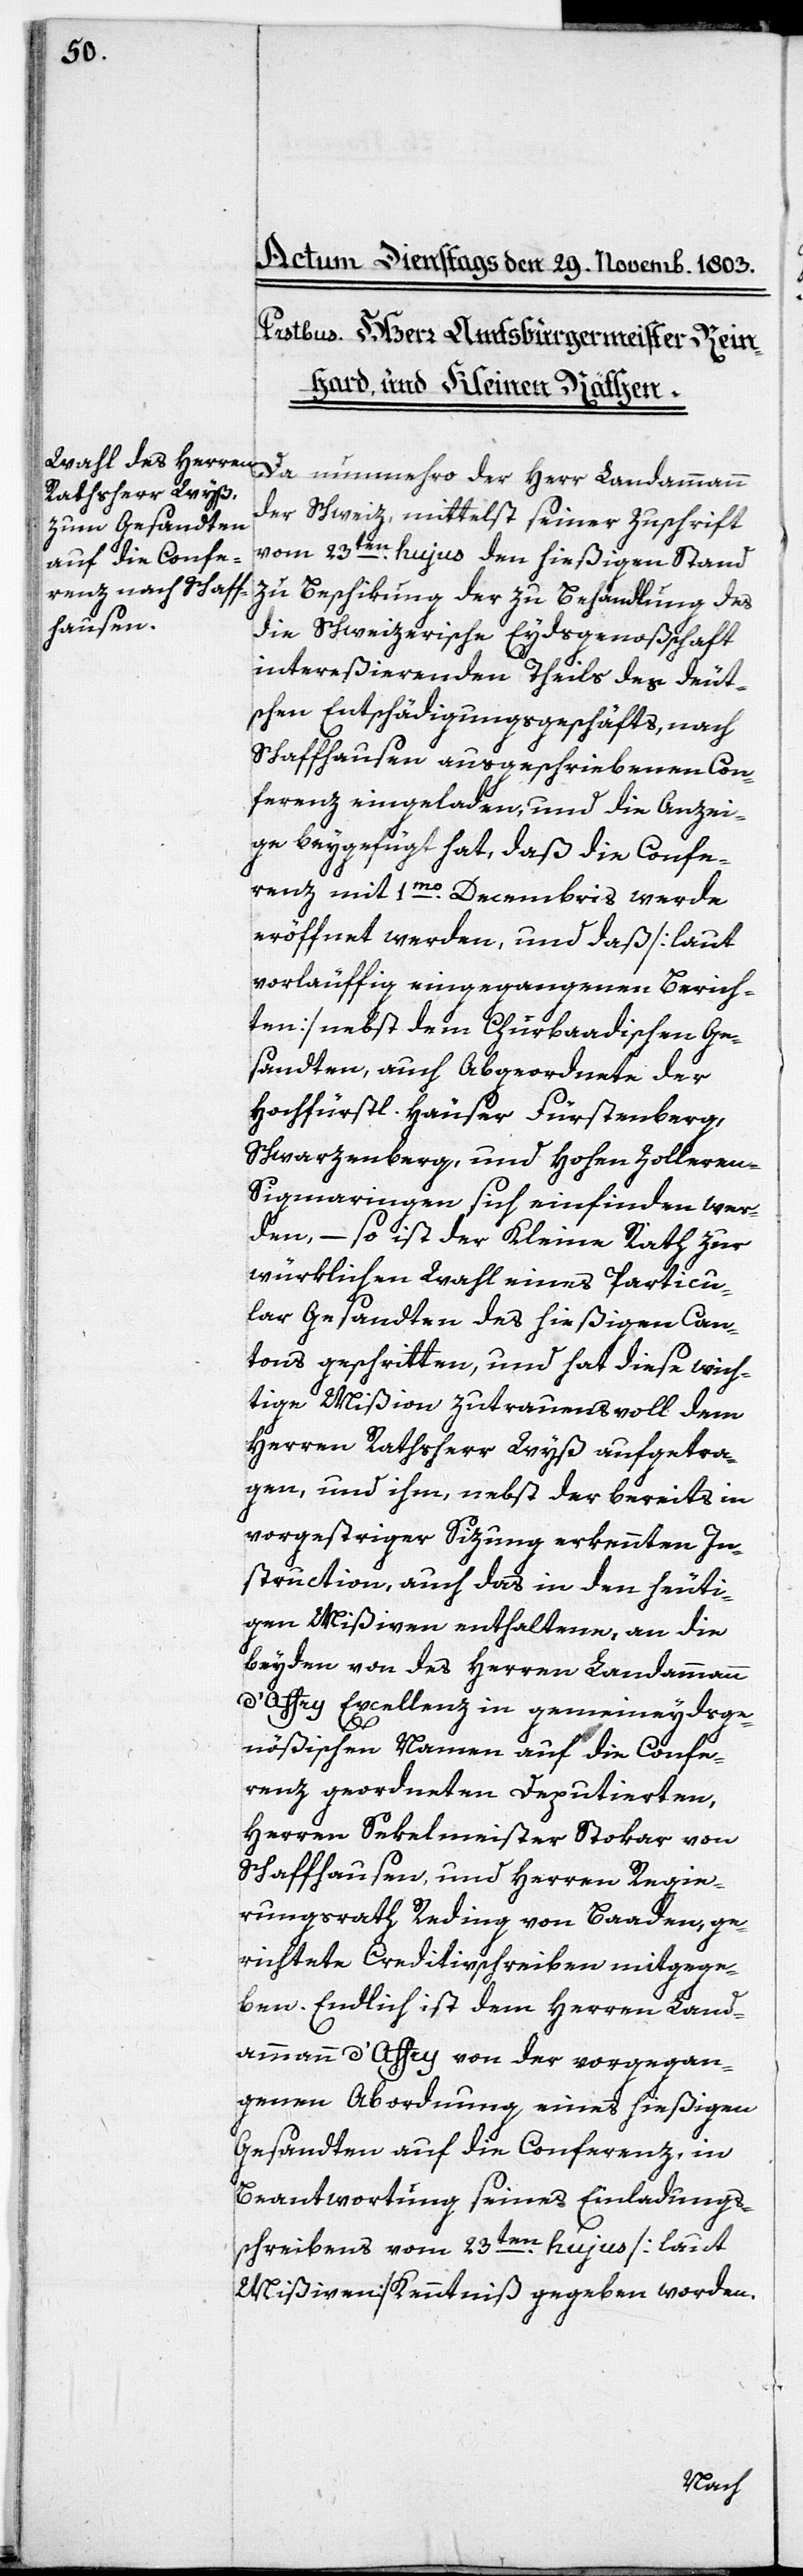
Da nunmehro der Herr Landammann
der Schweiz, mittelst seiner Zuschrift
vom 23ten. hujus den hießigen Stand
zu Beschikung der zu Behandlung des
die Schweizerische Eydsgenoßschaft
intereßierenden Theils des deut¬
schen Entschädigungsgeschäfts, nach
Schaffhausen ausgeschriebenen Con¬
ferenz eingeladen, und die Anzei¬
ge beygefügt hat, daß die Confe¬
renz mit 1mo Decembris werde
eröffnet werden, und daß [laut
vorläuffig eingegangenen Berich¬
ten] nebst dem Churbaadischen Ge¬
sandten, auch Abgeordnete der
Hochfürstl. Häuser Fürstenberg,
Schwarzenberg, und Hohen Zollere¬
n-Sigmaringen sich einfinden wer¬
den, – so ist der Kleine Rath zur
würklichen Wahl eines Particu¬
lar Gesandten des hießigen Can¬
tons geschritten, und hat diese wich¬
tige Mißion zutrauensvoll dem
Herren Rathsherr Wyß aufgetra¬
gen, und ihm, nebst der bereits in
vorgestriger Sizung erkennten In¬
struction, auch das in den heuti¬
gen Mißiven enthaltene, an die
beyden von des Herren Landammann
d’Affry Excellenz in gemeinseydsge¬
nößischen Namen auf die Confe¬
renz geordneten Deputierten,
Herren Sekelmeister Stokar von
Schaffhausen, und Herren Regie¬
rungsrath Reding von Baaden, ge¬
richtete Creditivschreiben mitgege¬
ben. Endlich ist dem Herren Land¬
ammann d’Affry von der vorgegan¬
genen Abordnung eines hießigen
Gesandten auf die Conferenz, in
Beantwortung seines Einladungs¬
schreibens vom 23ten. hujus [laut
Mißiven] Kenntniß gegeben worden.